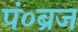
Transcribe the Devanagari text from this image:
पं०ब्रज